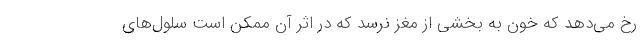
رخ می‌دهد که خون به بخشی از مغز نرسد که در اثر آن ممکن است سلول‌های